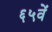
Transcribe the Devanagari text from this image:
६५वें